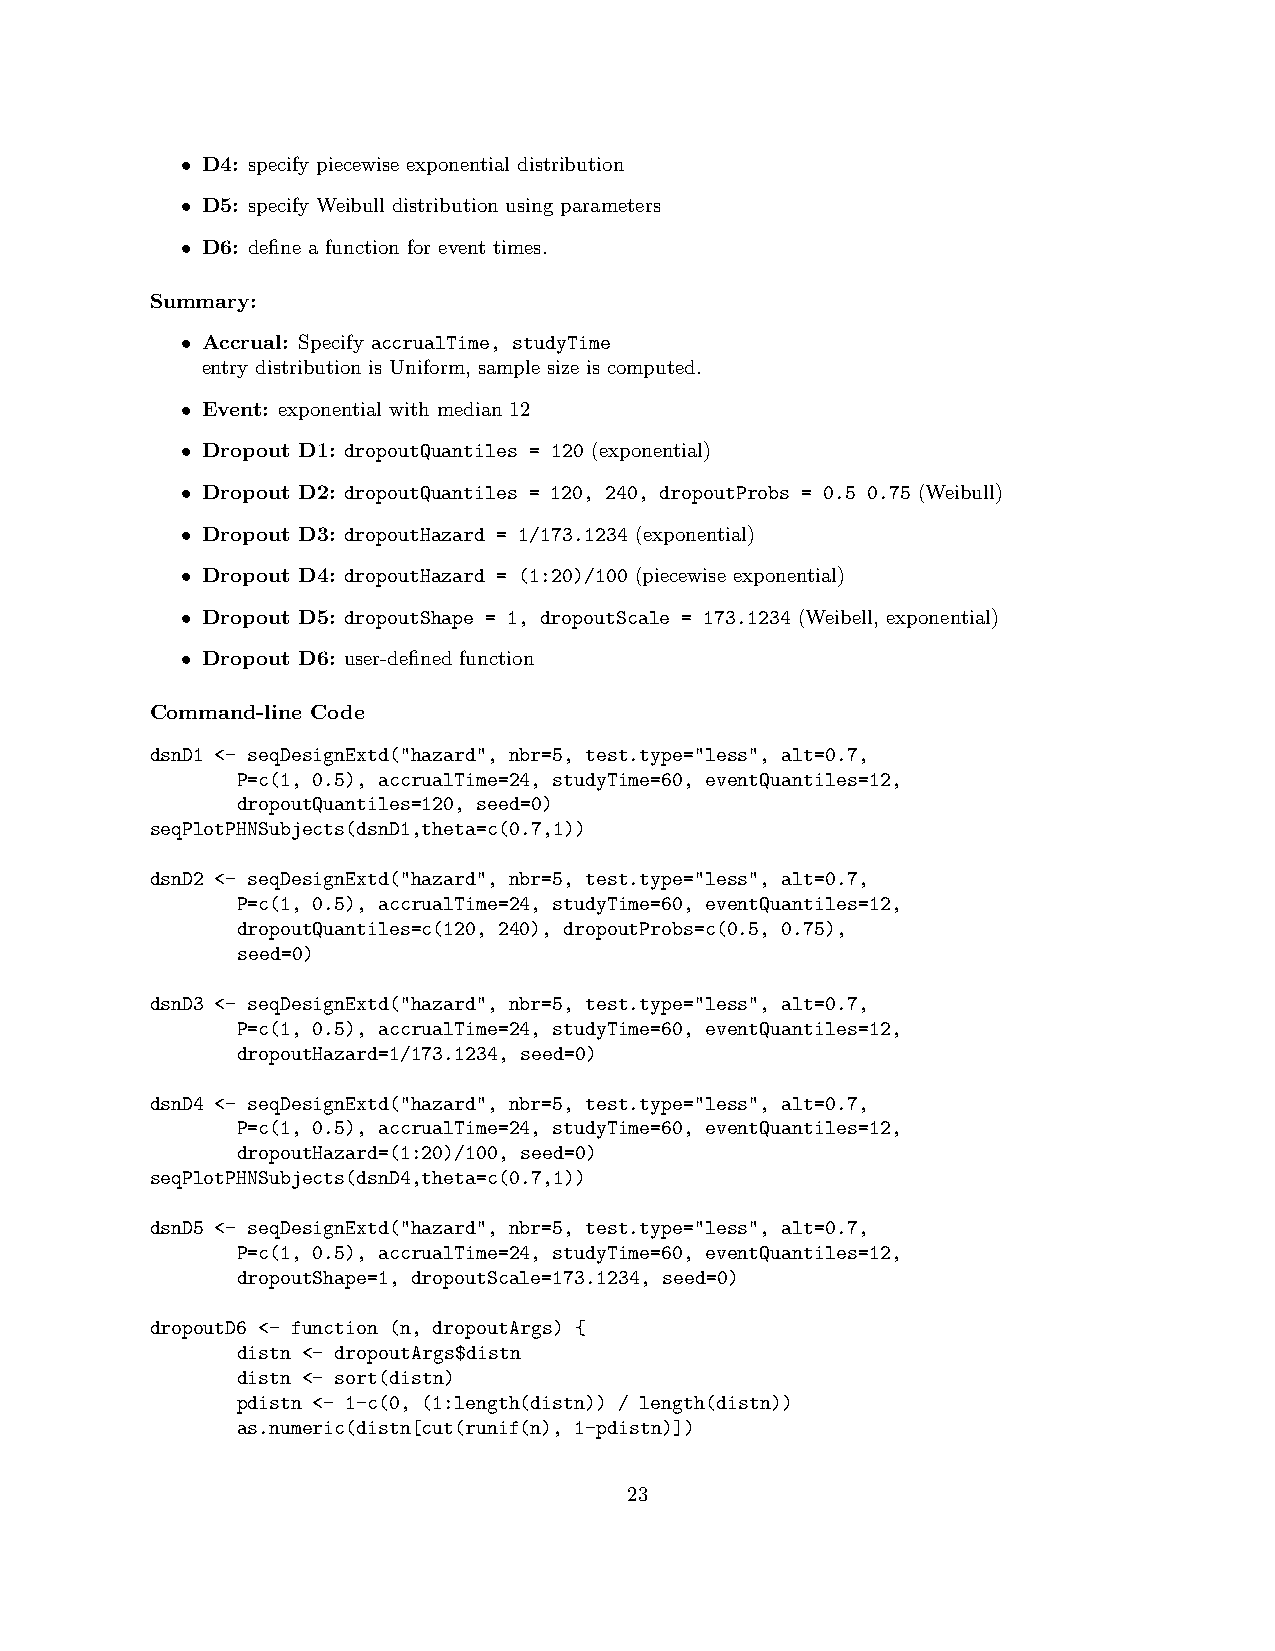
• D4: specify piecewise exponential distribution
 • D5: specify Weibull distribution using parameters
 • D6: define a function for event times.
 Summary:
 • Accrual: Specify accrualTime, studyTime
 entry distribution is Uniform, sample size is computed.
 • Event: exponential with median 12
 • Dropout D1: dropoutQuantiles = 120 (exponential)
 • Dropout D2: dropoutQuantiles = 120, 240, dropoutProbs = 0.5 0.75 (Weibull)
 • Dropout D3: dropoutHazard = 1/173.1234 (exponential)
 • Dropout D4: dropoutHazard = (1:20)/100 (piecewise exponential)
 • Dropout D5: dropoutShape = 1, dropoutScale = 173.1234 (Weibell, exponential)
 • Dropout D6: user-defined function
 Command-line Code
 dsnD1 <- seqDesignExtd("hazard", nbr=5, test.type="less", alt=0.7,
 P=c(1, 0.5), accrualTime=24, studyTime=60, eventQuantiles=12,
 dropoutQuantiles=120, seed=0)
 seqPlotPHNSubjects(dsnD1,theta=c(0.7,1))
 dsnD2 <- seqDesignExtd("hazard", nbr=5, test.type="less", alt=0.7,
 P=c(1, 0.5), accrualTime=24, studyTime=60, eventQuantiles=12,
 dropoutQuantiles=c(120, 240), dropoutProbs=c(0.5, 0.75),
 seed=0)
 dsnD3 <- seqDesignExtd("hazard", nbr=5, test.type="less", alt=0.7,
 P=c(1, 0.5), accrualTime=24, studyTime=60, eventQuantiles=12,
 dropoutHazard=1/173.1234, seed=0)
 dsnD4 <- seqDesignExtd("hazard", nbr=5, test.type="less", alt=0.7,
 P=c(1, 0.5), accrualTime=24, studyTime=60, eventQuantiles=12,
 dropoutHazard=(1:20)/100, seed=0)
 seqPlotPHNSubjects(dsnD4,theta=c(0.7,1))
 dsnD5 <- seqDesignExtd("hazard", nbr=5, test.type="less", alt=0.7,
 P=c(1, 0.5), accrualTime=24, studyTime=60, eventQuantiles=12,
 dropoutShape=1, dropoutScale=173.1234, seed=0)
 dropoutD6 <- function (n, dropoutArgs) {
 distn <- dropoutArgs$distn
 distn <- sort(distn)
 pdistn <- 1-c(0, (1:length(distn)) / length(distn))
 as.numeric(distn[cut(runif(n), 1-pdistn)])
 23